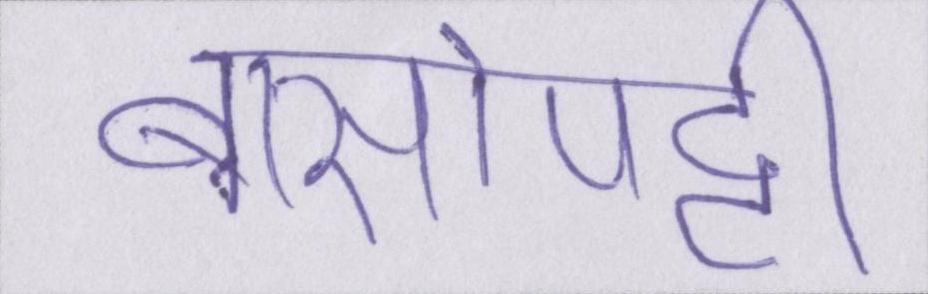
बासोपट्टी